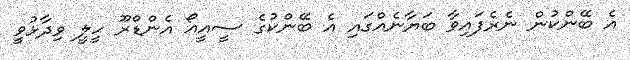
އެ ބޭންކުން ނެރެފައިވާ ބަޔާނެއްގައި އެ ބޭންކުގެ ސީއީއޯ އެންޑްރޫ ހީލީ ވިދާޅުވީ